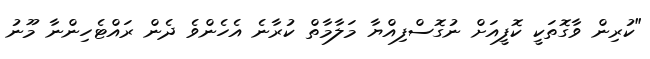
"ކުރިން ވާގޮތަކީ ކޮފީއަށް ނުގޮސްފިއްޔާ މަލާމާތް ކުރާނެ އެހެންވެ ދެން ރައްޓެހިންނާ މޫނު